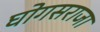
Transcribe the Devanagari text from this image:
घोगसराजा